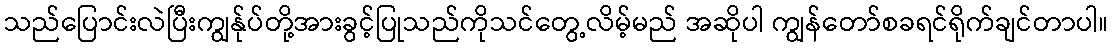
သည်ပြောင်းလဲပြီးကျွန်ုပ်တို့အားခွင့်ပြုသည်ကိုသင်တွေ့လိမ့်မည် အဆိုပါ ကျွန်တော်စခရင်ရိုက်ချင်တာပါ။